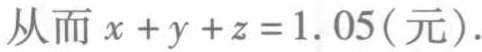
从而 \(x + y + z = 1.05(\text{元})\).